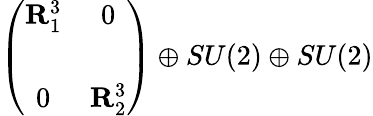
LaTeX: \left(\begin{array}{cc}{{{\mathbf R}_{1}^{3}}}&{{0}}\\ {{}}&{{}}\\ {{0}}&{{{\mathbf R}_{2}^{3}}}\end{array}\right)\oplus SU(2)\oplus SU(2)